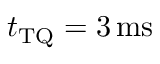
t _ { \mathrm { T Q } } = 3 \ensuremath { \, \mathrm { m s } }